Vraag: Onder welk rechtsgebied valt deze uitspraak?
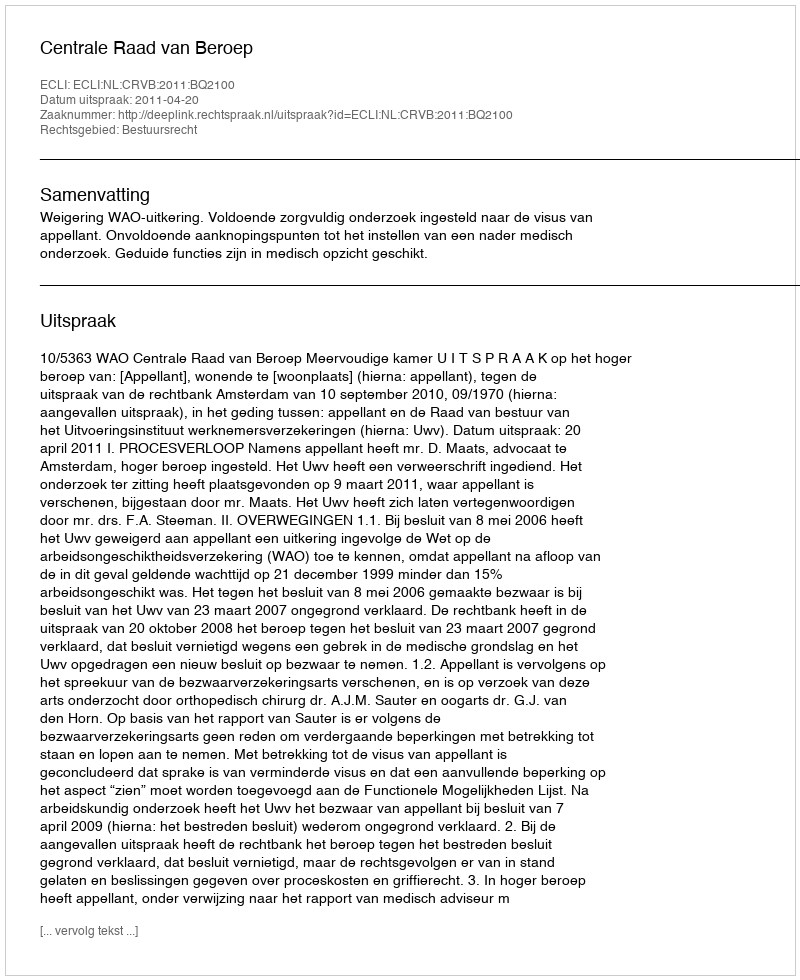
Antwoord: Bestuursrecht